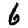
Digit: 6